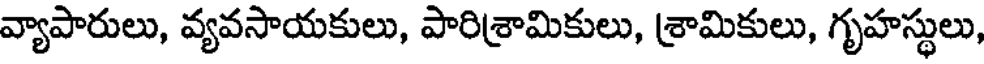
వ్యాపారులు, వ్యవసాయకులు, పారిశ్రామికులు, శ్రామికులు, గృహస్థులు,